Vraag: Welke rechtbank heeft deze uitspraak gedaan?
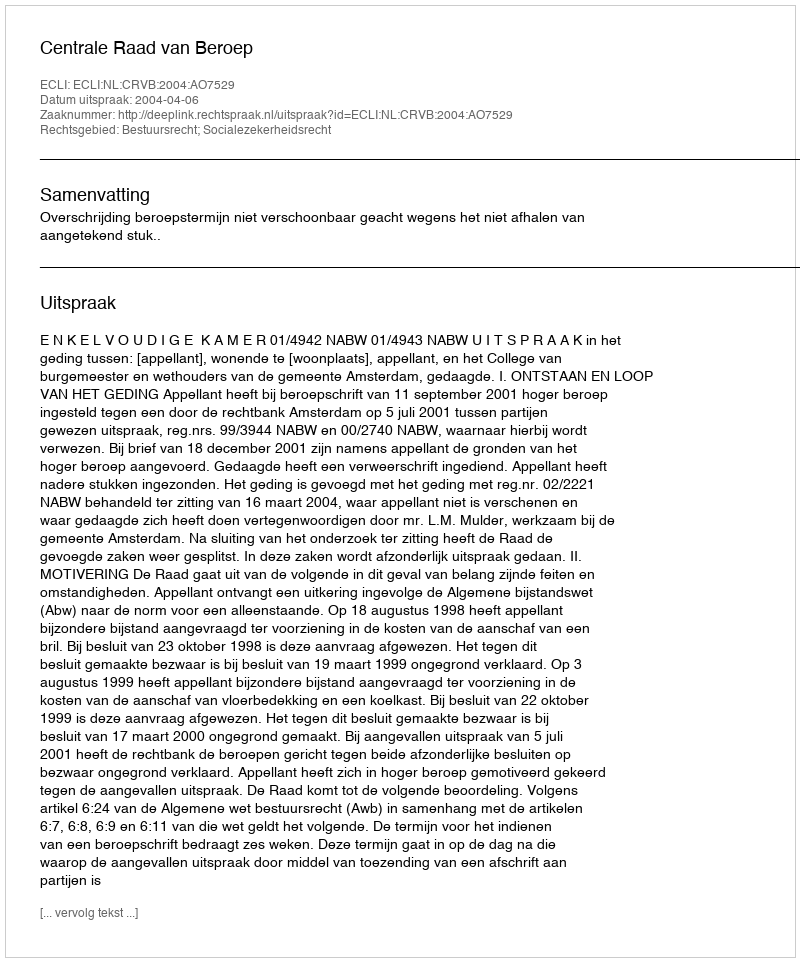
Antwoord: Centrale Raad van Beroep